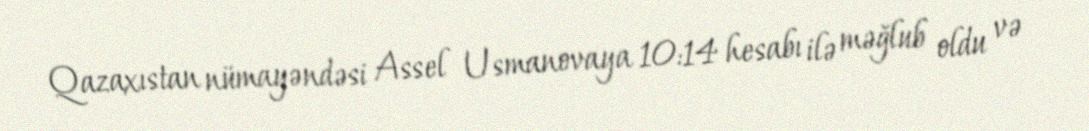
Qazaxıstan nümayəndəsi Assel Usmanovaya 10:14 hesabı ilə məğlub oldu və